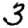
Digit: 3